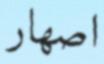
اصھار